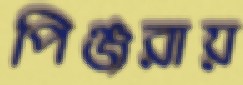
পিঞ্জরায়